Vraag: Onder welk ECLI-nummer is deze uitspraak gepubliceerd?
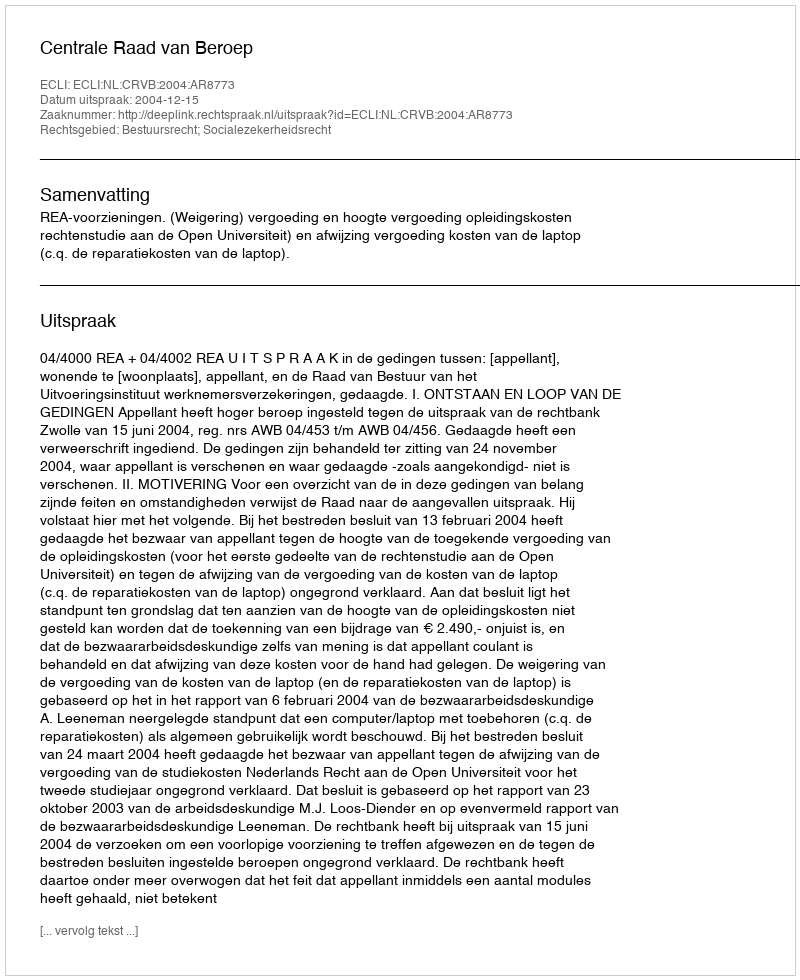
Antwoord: ECLI:NL:CRVB:2004:AR8773